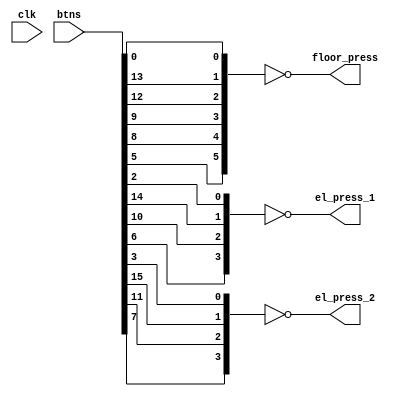
module button_press_detector(
    input clk,
    input [15:0] btns,
    output [5:0] floor_press,
    output [3:0] el_press_1,
    output [3:0] el_press_2
    );
    
    wire [5:0] floor_press_temp;
    wire [3:0] el_press_1_temp;
    wire [3:0] el_press_2_temp;
    
    assign floor_press[5:0] = ~{btns[5], btns[8], btns[9], btns[12], btns[13], btns[0]};
    assign el_press_1[3:0] = ~{btns[6], btns[10], btns[14], btns[2]};
    assign el_press_2[3:0] = ~{btns[7], btns[11], btns[15], btns[3]};
    
//    edge_detector #(6) (floor_press_temp[5:0], floor_press[5:0]);
//    edge_detector #(4) (el_press_1_temp[3:0], el_press_1[3:0]);
//    edge_detector #(4) (el_press_2_temp[3:0], el_press_2[3:0]);
    
endmodule